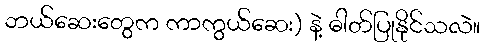
ဘယ်ဆေးတွေက ကာကွယ်ဆေး) နဲ့ ဓါတ်ပြုနိုင်သလဲ။